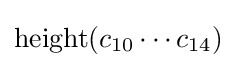
\operatorname {height} (c_{10}\cdots c_{14})